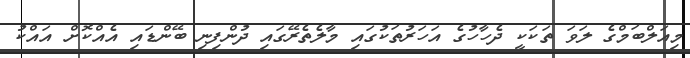
މިއަލްބަމްގެ ލަވަ ތަކަކީ ދެހާހުގެ އަހަރުތަކުގައި މާލެތެރޭގައި ދުންފިނި ބޭންޑައި އެއްކޮށް އައްކު